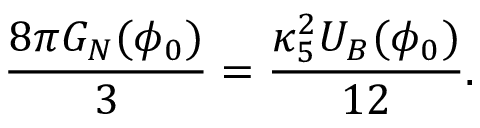
\frac { 8 \pi G _ { N } ( \phi _ { 0 } ) } { 3 } = \frac { \kappa _ { 5 } ^ { 2 } U _ { B } ( \phi _ { 0 } ) } { 1 2 } .